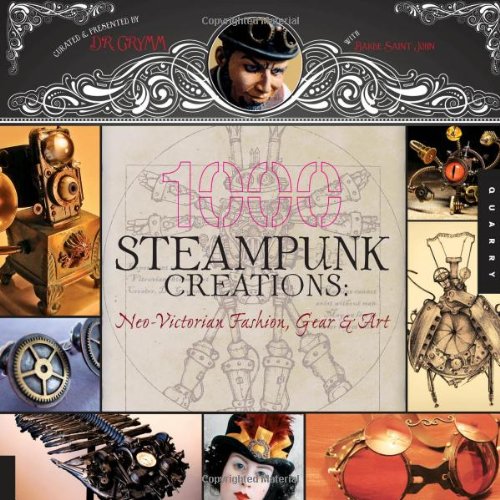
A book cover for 1,000 Steampunk Creations: Neo-Victorian Fashion, Gear, and Art (1000 Series); Dr. Grymm; Science Fiction & Fantasy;